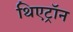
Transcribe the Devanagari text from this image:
थिएट्रॉन